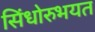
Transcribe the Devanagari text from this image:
सिंधोरुभयत